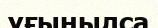
ұғынылса